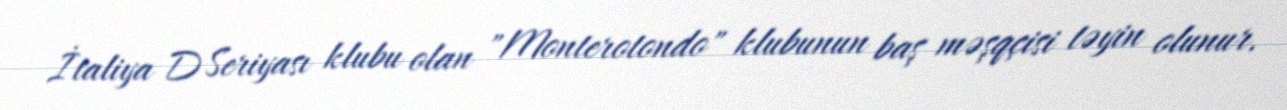
İtaliya D Seriyası klubu olan "Monterotondo" klubunun baş məşqçisi təyin olunur.